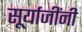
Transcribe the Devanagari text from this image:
सूर्याजींनी